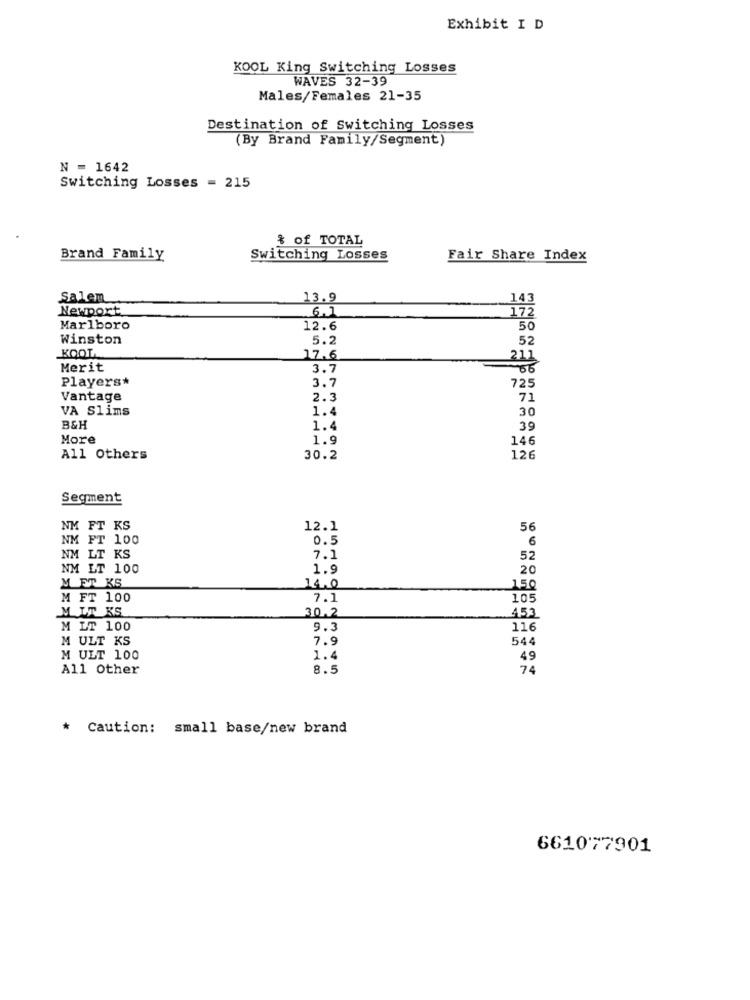
Exhibit I D
KOOL King Switching Losses
WAVES 32-39
Males/Females 21-35
Destination of Switching Losses
(By Brand Family/Segment)
N = 1642
Switching Losses = 215
& of TOTAL
Brand Family
Switching Losses
Fair Share Index
Salem
13.9
143
Newport
172
Marlboro
12.6
50
Winston
5.2
52
KOOL
17.6
211
Merit
3.7
Players*
3.7
725
Vantage
2.3
71
VA Slims
1.4
30
B&H
1.4
39
More
1.9
146
All Others
30.2
126
Segment
NM FT KS
12.1
56
NM FT 100
0.5
6
NM LT KS
7.1
52
NM LT 100
1.9
20
M ET KS
14.0
150
M FT 100
7.1
105
M LT KS
30.2
453
M LT 100
9.3
116
M ULT KS
7.9
544
M ULT 100
1.4
49
All Other
8.5
74
* Caution: small base/new brand
661077901